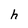
Character: h